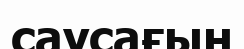
саусағын